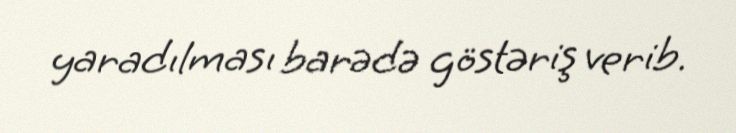
yaradılması barədə göstəriş verib.